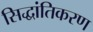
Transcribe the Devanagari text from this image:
सिद्धांतिकरण